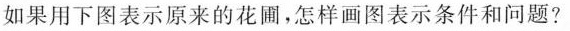
如果用下图表示原来的花圃，怎样画图表示条件和问题?